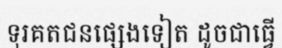
ទុរគតជនផ្សេងទៀត ដូចជាធ្វើ